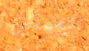
متحمسين